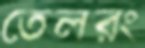
তেলরং